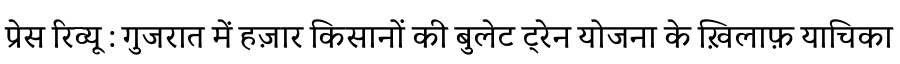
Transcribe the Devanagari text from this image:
प्रेस रिव्यू : गुजरात में हज़ार किसानों की बुलेट ट्रेन योजना के ख़िलाफ़ याचिका